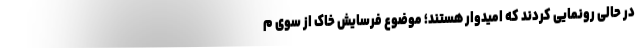
در حالی رونمایی کردند که امیدوار هستند؛ موضوع فرسایش خاک از سوی م